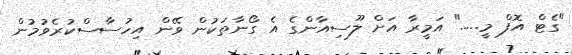
"ގެޓް އޮފް މީ....." އަމީރާ އަށް ލޫސިއާންގެ އެ ގޯނާތަކުން ވޭން އިހުސާސްކުރެވުމުން